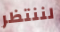
لننتظر